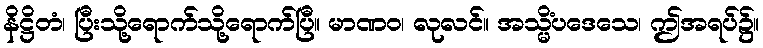
နိဋ္ဌိတံ၊ ပြီးသို့ရောက်သို့ရောက်ပြီ။ မာဏဝ၊ လုလင်။ အသ္မိံပဒေသေ၊ ဤအရပ်၌။